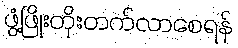
ဖွံ့ဖြိုးတိုးတက်လာစေရန်